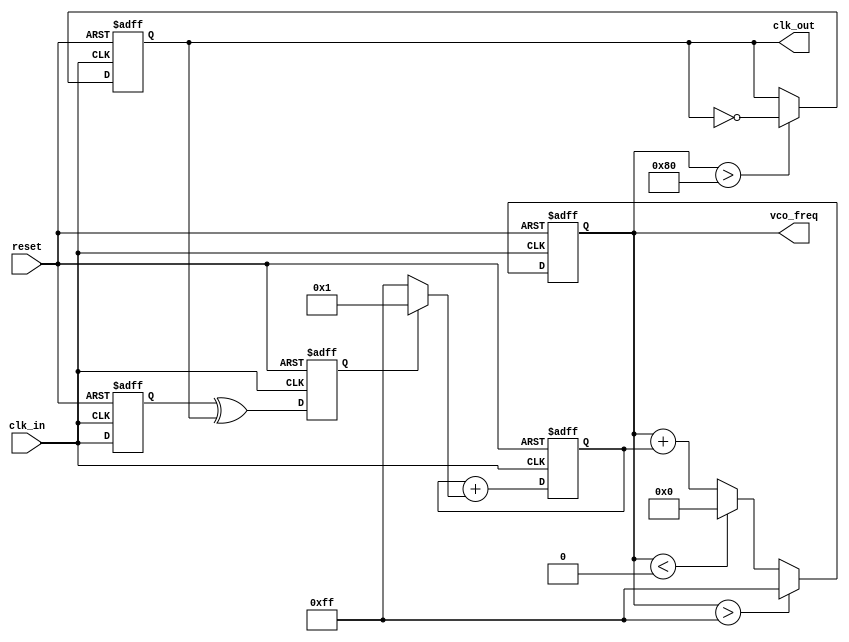
module ClockRecoveryPLL (
    input wire clk_in,                // Incoming data signal
    input wire reset,                 // Asynchronous reset
    output reg clk_out,               // Output clock signal
    output reg [7:0] vco_freq         // Frequency control for VCO
);

// Phase Detector
reg phase_error;                    // Phase error signal
reg clk_in_d;                       // Delayed version of the input clock

always @(posedge clk_in or posedge reset) begin
    if (reset) begin
        clk_in_d <= 0;
    end else begin
        clk_in_d <= clk_in;         // Delay the input clock
    end
end

always @(posedge clk_in or posedge reset) begin
    if (reset) begin
        phase_error <= 0;
    end else begin
        phase_error <= clk_in_d ^ clk_out; // XOR for phase comparison
    end
end

// Loop Filter
reg [7:0] error_filtered;          // Filtered error signal

always @(posedge clk_in or posedge reset) begin
    if (reset) begin
        error_filtered <= 0;
    end else begin
        // Simple integrator for filtering
        error_filtered <= error_filtered + (phase_error ? 1 : -1);
    end
end

// Voltage-Controlled Oscillator (VCO)
always @(posedge clk_in or posedge reset) begin
    if (reset) begin
        vco_freq <= 8'd100;          // Initial frequency setting
        clk_out <= 0;
    end else begin
        // Adjust frequency based on filtered error
        vco_freq <= vco_freq + error_filtered;
        
        // Generate output clock based on VCO frequency
        if (vco_freq > 8'd255) begin
            vco_freq <= 8'd255;      // Limit frequency
        end else if (vco_freq < 8'd0) begin
            vco_freq <= 8'd0;        // Limit frequency
        end
        
        // Clock generation (simple toggle for demonstration)
        if (vco_freq > 8'd128) begin
            clk_out <= ~clk_out;      // Toggle clock if frequency exceeds threshold
        end
    end
end

endmodule